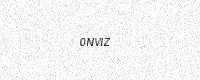
Text: 0NVIZ